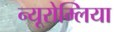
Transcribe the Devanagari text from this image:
न्यूरोम्लिया